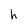
Character: h